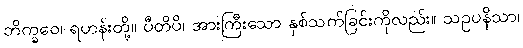
ဘိက္ခဝေ၊ ရဟန်းတို့။ ပီတိပိ၊ အားကြီးသော နှစ်သက်ခြင်းကိုလည်း။ သဥပနိသာ၊